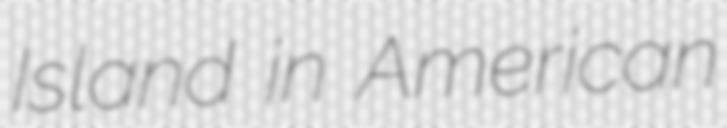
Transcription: Island in American